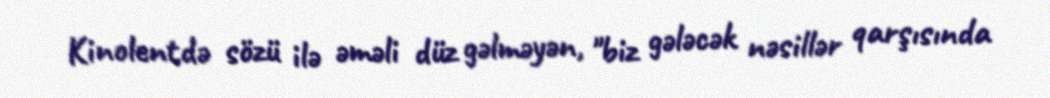
Kinolentdə sözü ilə əməli düz gəlməyən, "biz gələcək nəsillər qarşısında